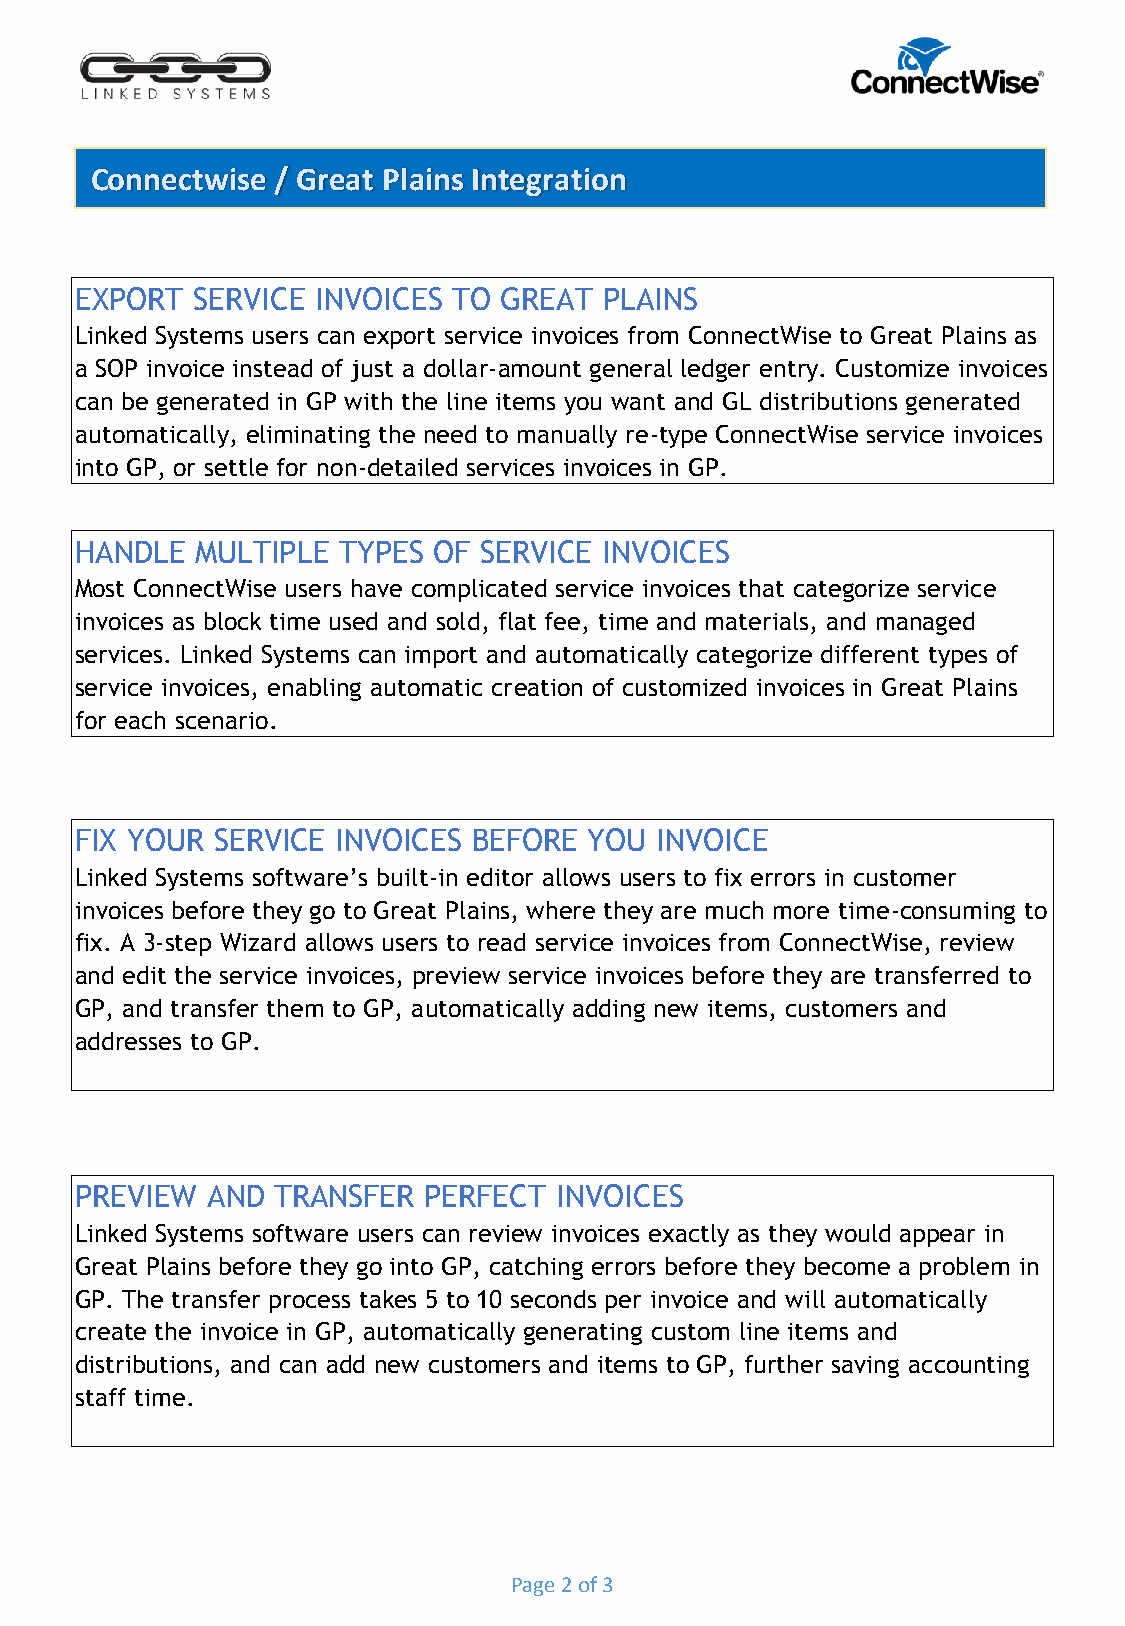
Connectwise / Great Plains Integration
 EXPORT  SERVICE INVOICES TO GREAT  PLAINS
 Linked Systems users can export service invoices from ConnectWise to Great Plains as
 a SOP invoice instead of just a dollar-amount general ledger entry. Customize invoices
 can be generated in GP with the line items you want and GL distributions generated
 automatically, eliminating the need to manually re-type ConnectWise service invoices
 into GP, or settle for non-detailed services invoices in GP.
 HANDLE  MULTIPLE TYPES  OF SERVICE INVOICES
 Most ConnectWise users have complicated service invoices that categorize service
 invoices as block time used and sold, flat fee, time and materials, and managed
 services. Linked Systems can import and automatically categorize different types of
 service invoices, enabling automatic creation of customized invoices in Great Plains
 for each scenario.
 FIX YOUR SERVICE INVOICES BEFORE  YOU INVOICE
 Linked Systems software’s built-in editor allows users to fix errors in customer
 invoices before they go to Great Plains, where they are much more time-consuming to
 fix. A 3-step Wizard allows users to read service invoices from ConnectWise, review
 and edit the service invoices, preview service invoices before they are transferred to
 GP, and transfer them to GP, automatically adding new items, customers and
 addresses to GP.
 PREVIEW  AND TRANSFER  PERFECT  INVOICES
 Linked Systems software users can review invoices exactly as they would appear in
 Great Plains before they go into GP, catching errors before they become a problem in
 GP. The transfer process takes 5 to 10 seconds per invoice and will automatically
 create the invoice in GP, automatically generating custom line items and
 distributions, and can add new customers and items to GP, further saving accounting
 staff time.
 Page 2 of 3